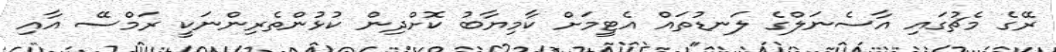
ރޭގެ މެޗުގައި އާސެނަލްގެ ލަނޑުތައް އެޓީމަށް ކާމިޔާބު ކޮށްދިން ކުޅުންތެރިންނަކީ ރަމްސޭ އާއި